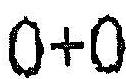
0+0